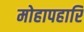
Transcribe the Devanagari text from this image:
मोहापहारि